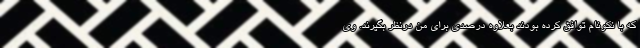
که با نکونام توافق کرده بودند بعلاوه درصدی برای من درنظر بگیرند. وی